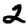
Digit: 2